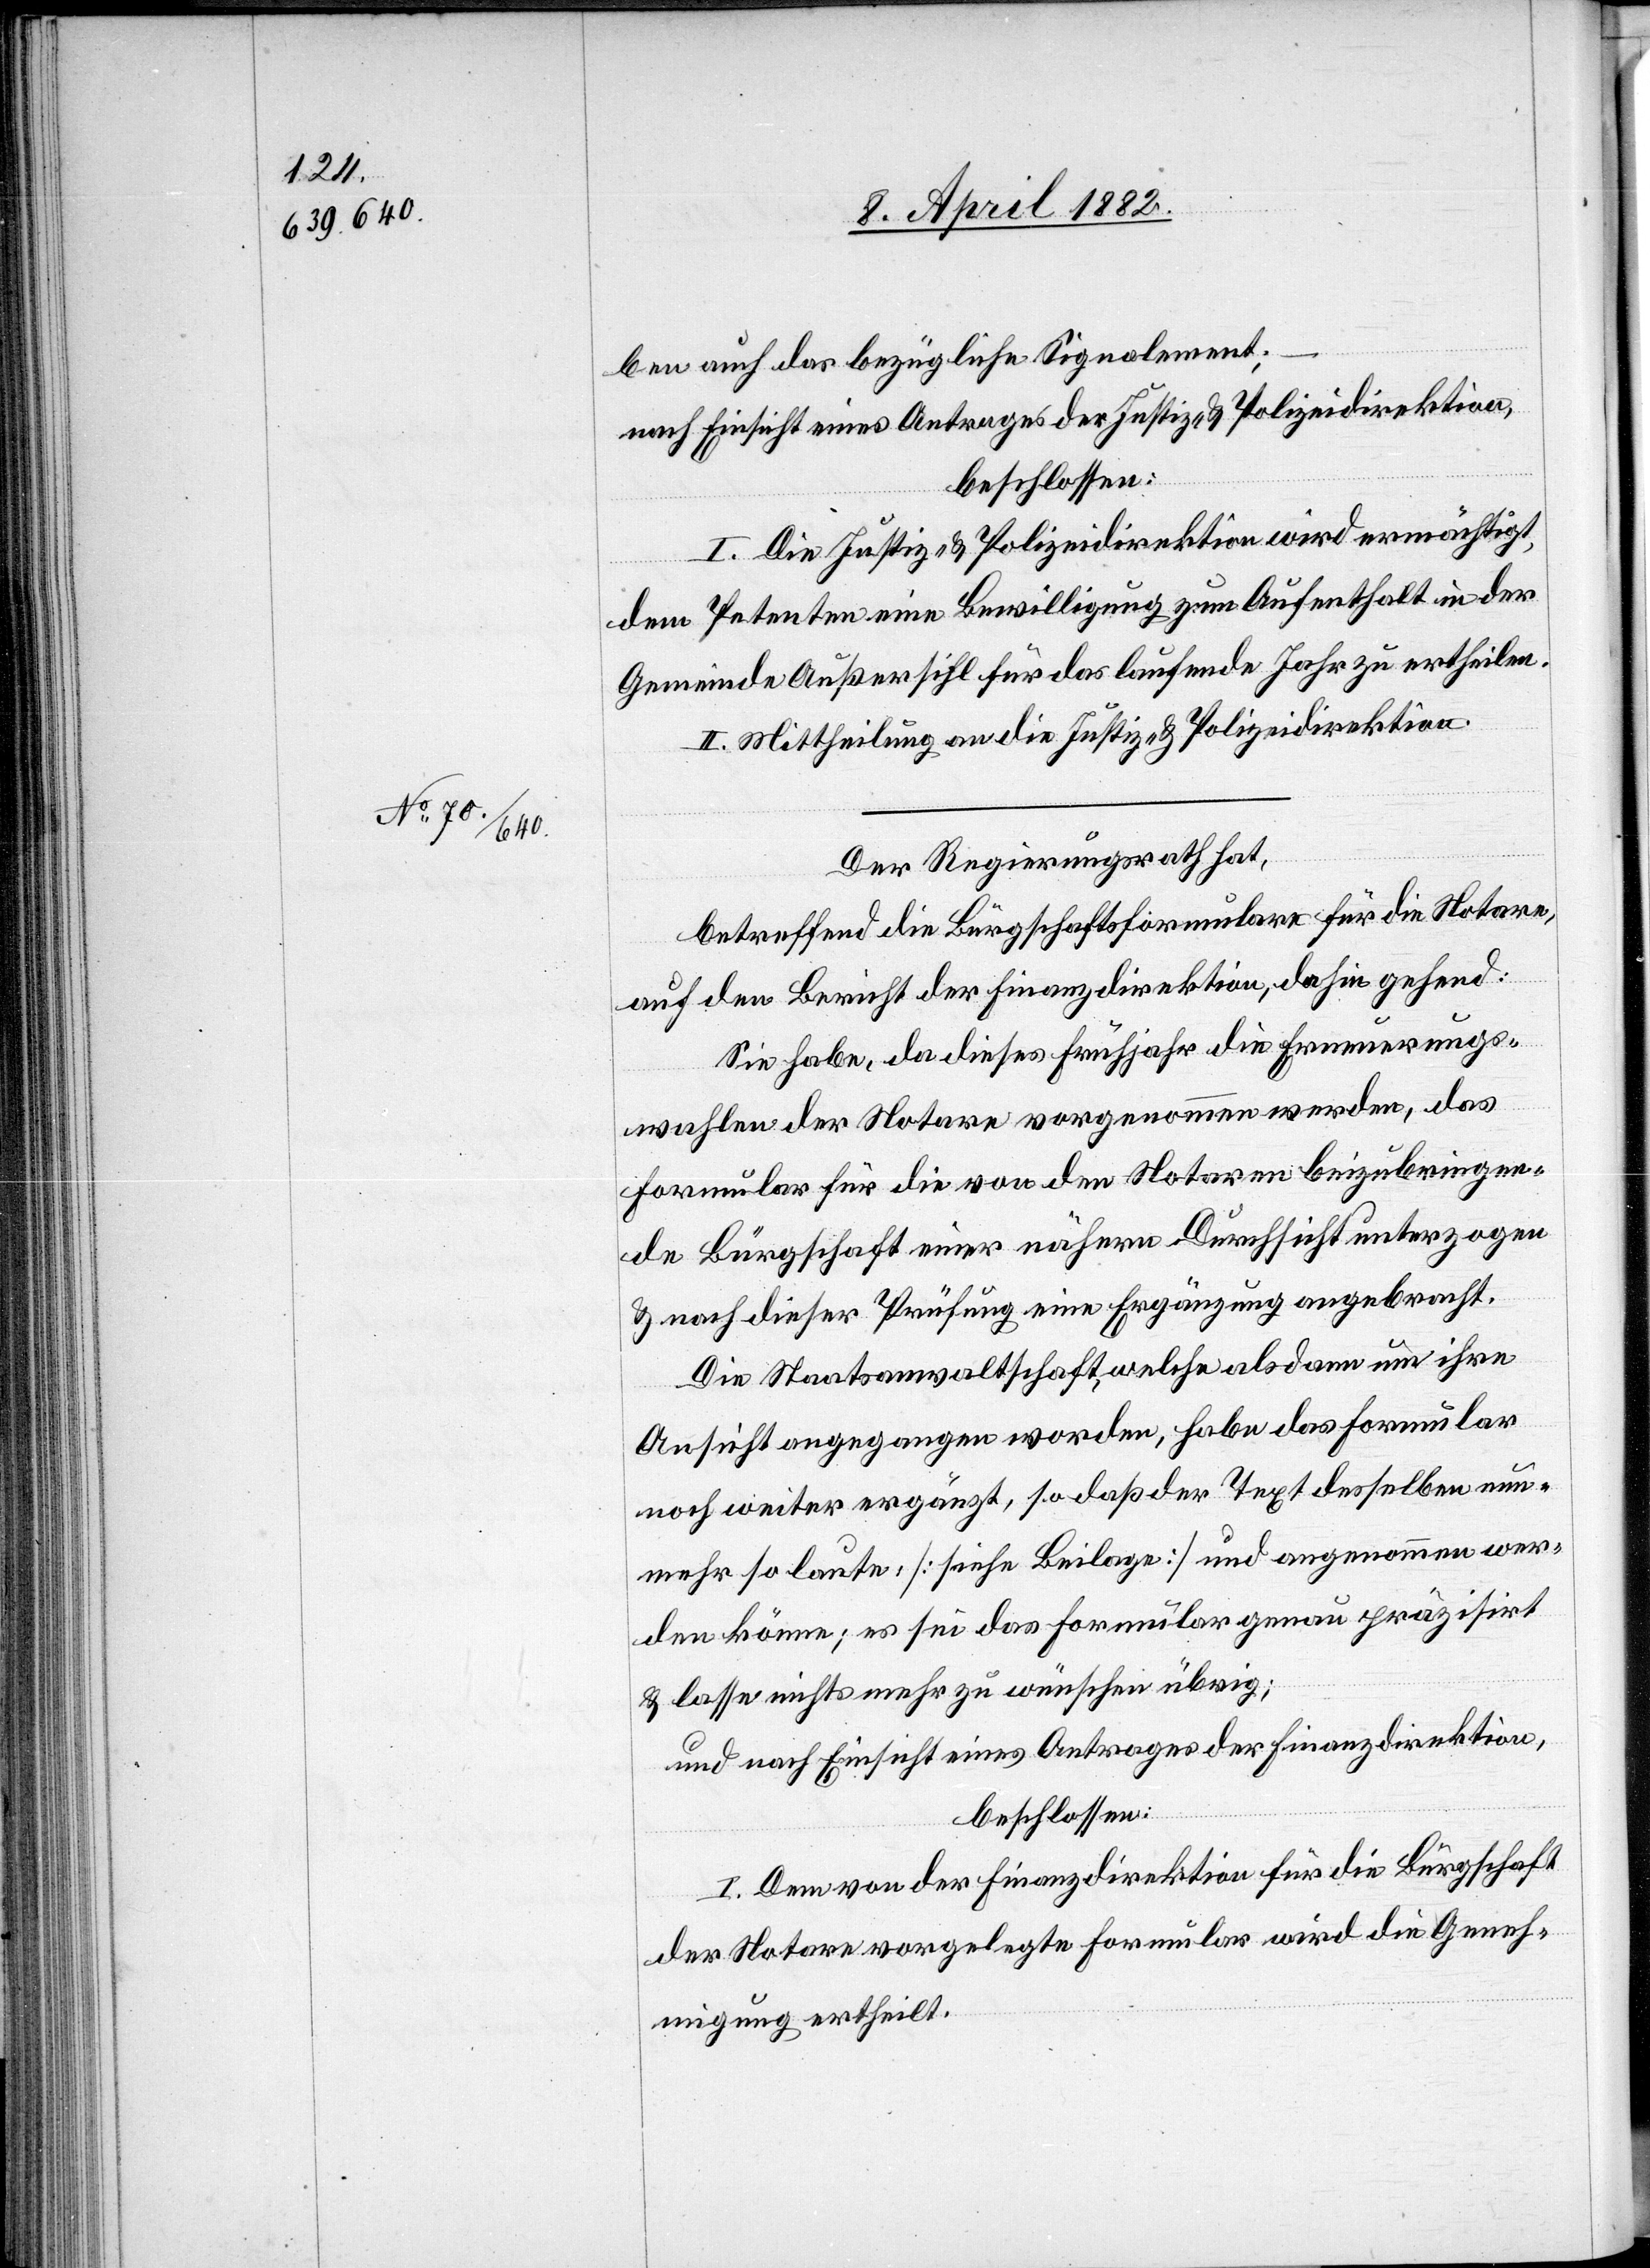
ben auch das bezügliche Signalement;
nach Einsicht eines Antrages der Justiz- & Polizeidirektion,
beschlossen:
I. Die Justiz- & Polizeidirektion wird ermächtigt,
dem Petenten eine Bewilligung zum Aufenthalt in der
Gemeinde Außersihl für das laufende Jahr zu ertheilen.
II. Mittheilung an die Justiz- & Polizeidirektion.
Der Regierungsrath hat,
betreffend die Bürgschaftsformulare für die Notare,
auf den Bericht der Finanzdirektion, dahin gehend:
Sie habe, da dieses Frühjahr die Erneuerungs¬
wahlen der Notare vorgenommen werden, das
Formular für die von den Notaren beizubringen¬
de Bürgschaft einer nähern Durchsicht unterzogen
& nach dieser Prüfung eine Ergänzung angebracht.
Die Staatsanwaltschaft, welche alsdann um ihre
Ansicht angegangen worden, habe das Formular
noch weiter ergänzt, so daß der Text desselben nun¬
mehr so laute: [siehe Beilage] und angenommen wer¬
den könne; es sei das Formular genau präzisirt
& lasse nichts mehr zu wünschen übrig;
und nach Einsicht eines Antrages der Finanzdirektion,
beschlossen:
I. Dem von der Finanzdirektion für die Bürgschaft
der Notare vorgelegte Formular wird die Geneh¬
migung ertheilt.